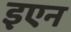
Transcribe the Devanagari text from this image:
इएन